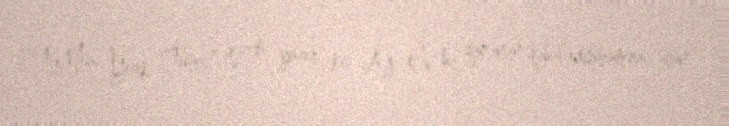
“The New York Times” qəzeti yazır ki, Ağ Ev bu qanunun qəbul edilməməsi üçün